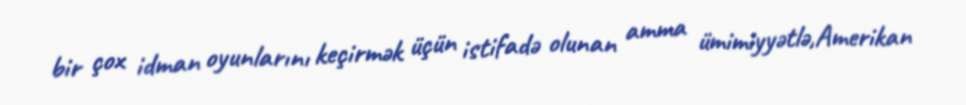
bir çox idman oyunlarını keçirmək üçün istifadə olunan amma ümimiyyətlə,Amerikan